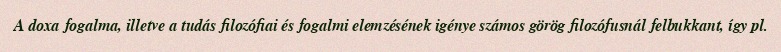
A doxa fogalma, illetve a tudás filozófiai és fogalmi elemzésének igénye számos görög filozófusnál felbukkant, így pl.